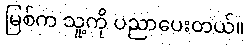
မြစ်က သူ့ကို ပညာပေးတယ်။